Civil Veterinary Dept. Bombay admin report 1923-31 - 1923-1931
Year: 1923
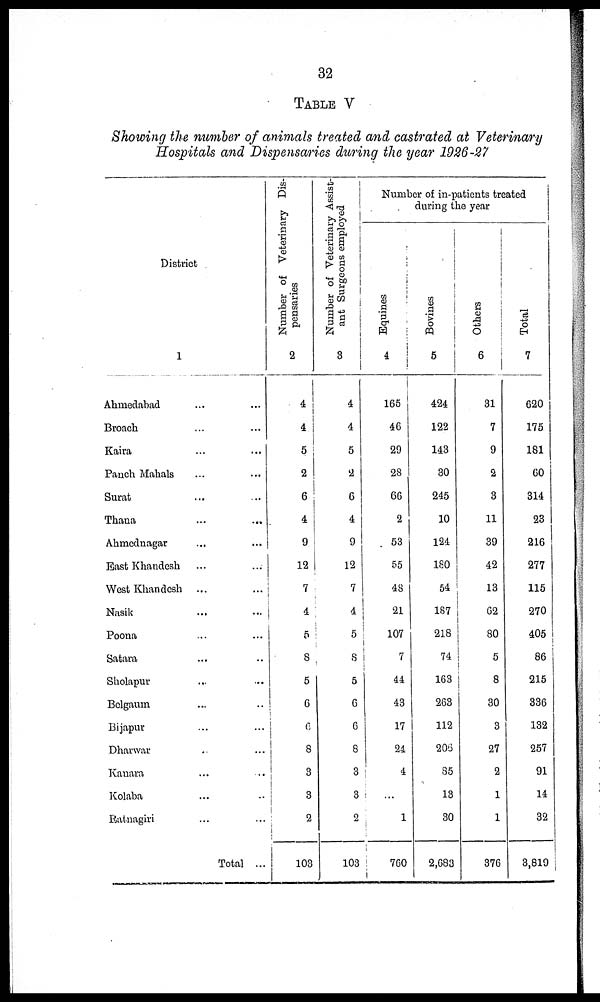
32
TABLE V
Showing the number of animals treated and castrated at Veterinary
Hospitals and Dispensaries during the year 1926-27
District
1
Ahmedabad ... ...
Broach ... ...
Kaira ... ...
Panch Mahals ... ...
Surat ... ...
Thana ... ...
Ahmednagar ... ...
East Khandesh ... ...
West Khandesh ... ...
Nasik ... ...
Poona ... ...
Satara ... ...
Sholapur ... ...
Bolgaum ... ...
Bijapur ... ...
Dharwar ... ...
Kauara ... ...
Kolaba ... ...
Ratnagiri ... ...
Total ...
Number of Veterinary Dis-
pensaries
2
4
4
5
2
6
4
9
12
7
4
5
8
5
6
6
8
3
3
2
103
Number of Veterinary Assist-
ant Surgeons employed
3
4
4
5
2
6
4
9
12
7
4
5
8
5
6
6
8
3
3
2
103
Number of in-patients treated
Equines
4
165
46
29
28
66
2
53
55
48
21
107
7
44
43
17
24
4
...
1
760
Bovines
5
424
122
143
30
245
10
124
180
54
187
218
74
163
263
112
206
85
13
30
2,683
Others
6
31
7
9
2
3
11
39
42
13
62
80
5
8
30
3
27
2
1
1
376
Total
7
620
175
181
60
314
23
216
277
115
270
405
86
215
336
132
257
91
14
32
3,819